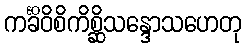
ကင်္ခိဝိစိကိစ္ဆိသန္ဒောသဟေတု